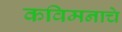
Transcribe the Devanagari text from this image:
कविमनाचे